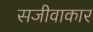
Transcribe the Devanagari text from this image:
सजीवाकार